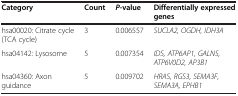
<table><thead><tr><td><b>Category</b></td><td><b>Count</b></td><td><b><i>P</i>-value</b></td><td><b>Differentially expressed genes</b></td></tr></thead><tbody><tr><td>hsa00020: Citrate cycle (TCA cycle)</td><td>3</td><td>0.006557</td><td><i>SUCLA2, OGDH, IDH3A</i></td></tr><tr><td>hsa04142: Lysosome</td><td>5</td><td>0.007354</td><td><i>IDS, ATP6AP1, GALNS, ATP6V0D2, AP3B1</i></td></tr><tr><td>hsa04360: Axon guidance</td><td>5</td><td>0.009702</td><td><i>HRAS, RGS3, SEMA3F, SEMA3A, EPHB1</i></td></tr></tbody></table>